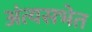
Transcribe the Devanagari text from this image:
अंत्यसभेत